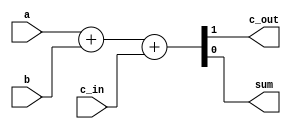
module add1(input a,
input b,
input c_in,
output c_out,
output sum
);
assign{c_out,sum}=a+b+c_in;
endmodule

module add8(a,b,c_in,sum,c_out);
input [7:0] a;
input [7:0] b;
input c_in;
output [7:0] sum;
output c_out;
wire [6:0] c;
add1 adder_A1(a[0],b[0],c_in,sum[0],c[0]);
add1 adder_A2(a[1],b[1],c[0],sum[1],c[1]);
add1 adder_A3(a[2],b[2],c[1],sum[1],c[2]);
add1 adder_A4(a[3],b[3],c[2],sum[3],c[3]);
add1 adder_A5(a[4],b[4],c[3],sum[4],c[4]);
add1 adder_A6(a[5],b[5],c[4],sum[5],c[5]);
add1 adder_A7(a[6],b[6],c[5],sum[6],c[6]);
add1 adder_A8(a[7],b[7],c[6],sum[7],c_out);

endmodule

module top_module;
reg[7:0] a;
reg[7:0] b;
reg c_in;
wire [7:0] sum;
wire c_out;
add8 inst(.a(a),.b(b),.c_in(c_in),.sum(sum),.c_out(c_out));
initial begin
  $display($time,"\ta\tb\tc_in\tsum\tc_out");
   a=8'd0;  b=8'd0;  c_in=1'b0;
#1 a=8'd1;  b=8'd1;  c_in=1'b0;
#1 a=8'd1;  b=8'd0;  c_in=1'b0;
#1 a=8'd2;  b=8'd1;  c_in=1'b1;
#1 a=8'd3;  b=8'd4;  c_in=1'b1;
#1 a=8'd4;  b=8'd4;  c_in=1'b1;
#1 a=8'd6;  b=8'd5;  c_in=1'b0;
#1 a=8'd1;  b=8'd6;  c_in=1'b0;
#1 a=8'd7;  b=8'd6;  c_in=1'b1;
#1 a=8'd8;  b=8'd7;  c_in=1'b1;
  
end
initial $monitor($time,"\t%d\t%d\t%b\t%d\t%b",a,b,c_in,sum,c_out);

endmodule